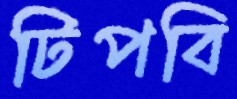
টিপবি